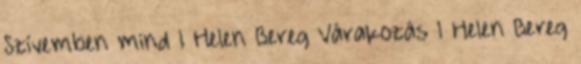
Szívemben mind 1 Helen Bereg Várakozás 1 Helen Bereg